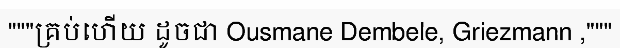
"""គ្រប់ហើយ ដូចជា Ousmane Dembele, Griezmann ,"""